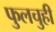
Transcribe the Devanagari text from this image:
फुलचुही